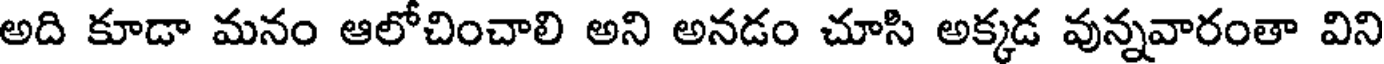
అది కూడా మనం ఆలోచించాలి అని అనడం చూసి అక్కడ వున్నవారంతా విని